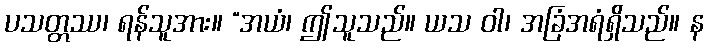
ပသတ္တဿ၊ ရန်သူအား။ “အယံ၊ ဤသူသည်။ ယသ ဝါ၊ အခြံအရံရှိသည်။ န